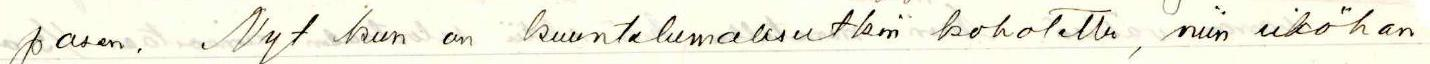
pasen. Nyt kun on kuuntelumaksutkin kohotettu, niin eiköhan